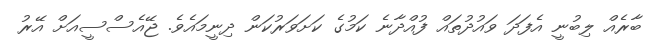
ބާރެއް ލިބުނީ އެފަދަ ވައުދުތައް ފުއްދާނެ ކަމުގެ ކަށަވަރުކަން ދިނީމައެވެ. ޖޭއެސްސީއަށް އޭރު